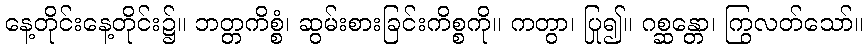
နေ့တိုင်းနေ့တိုင်း၌။ ဘတ္တကိစ္စံ၊ ဆွမ်းစားခြင်းကိစ္စကို။ ကတွာ၊ ပြု၍။ ဂစ္ဆန္တော၊ ကြွလတ်သော်။